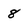
Character: 8